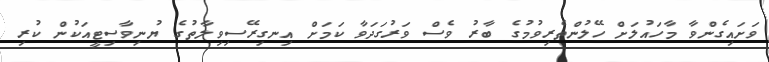
ވަށައިގެންވާ މާހައުލަށް ހޭލުންތެރިވުމުގެ ބާރު ވެސް ވަރުގަދަވާ ކަމަށް އިނގިރޭސިވިލާތުގެ ޔުނިވާސިޓީއަކުން ކުރި